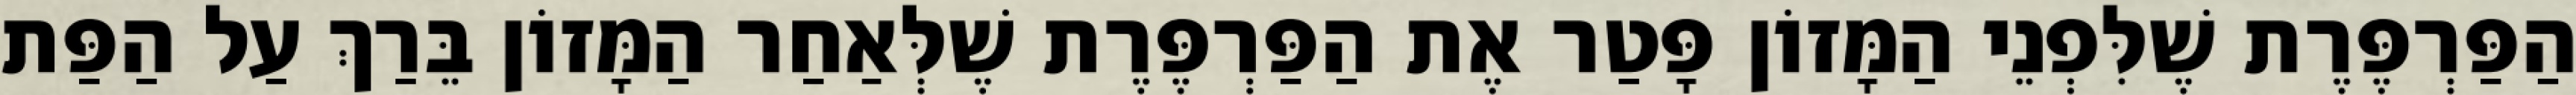
הַפַּרְפֶּרֶת שֶׁלִּפְנֵי הַמָּזוֹן פָּטַר אֶת הַפַּרְפֶּרֶת שֶׁלְּאַחַר הַמָּזוֹן בֵּרַךְ עַל הַפַּת